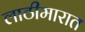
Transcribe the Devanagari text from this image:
लाठीमारात